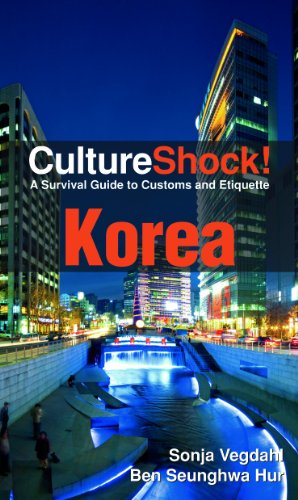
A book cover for CultureShock! Korea: A Survival Guide to Customs and Etiquette; Sonja Vegdahl; Travel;